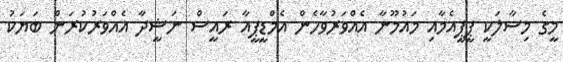
މީގެ މިސާލަކީ ޕީޕީއެމާއި މައުމޫނާ އެއްވަރުވާހެން އެމްޑީޕީއާ ރައީސް ނަޝީދާ އެއްވަރުކުރަން ބަޔަކު